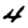
Digit: 4